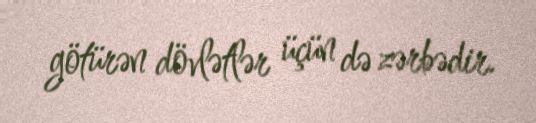
götürən dövlətlər üçün də zərbədir.